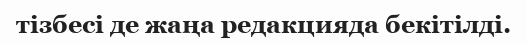
тізбесі де жаңа редакцияда бекітілді.